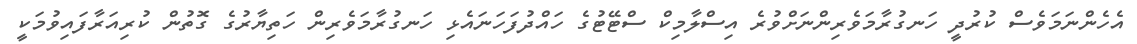
އެހެންނަމަވެސް ކުރުދީ ހަނގުރާމަވެރިންނަށްވުރެ އިސްލާމިކް ސްޓޭޓުގެ ހައްދުފަހަނައެޅި ހަނގުރާމަވެރިން ހަތިޔާރުގެ ގޮތުން ކުރިއަރާފައިވުމަކީ